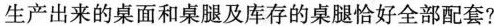
生产出来的桌面和桌腿及库存的桌腿恰好全部配套？